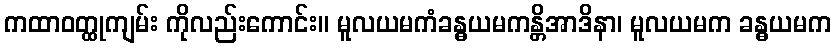
ကထာဝတ္ထုကျမ်း ကိုလည်းကောင်း။ မူလယမကံခန္ဓယမကန္တိအာဒိနာ၊ မူလယမက ခန္ဓယမက